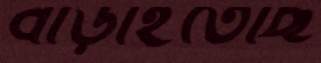
বাড়াইতেছি